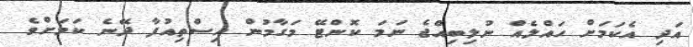
އަދި އެކަމަށް ހައްލެއް ނުލިބިއްޖެ ނަމަ ކޮންޓޭ މަގާމުން އިސްތިއުފާ ދޭނެ ކަމަށްވެ